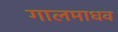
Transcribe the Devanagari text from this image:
गालमाधव